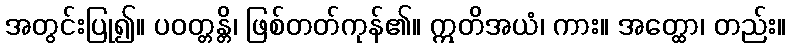
အတွင်းပြု၍။ ပဝတ္တန္တိ၊ ဖြစ်တတ်ကုန်၏။ ဣတိအယံ၊ ကား။ အတ္ထော၊ တည်း။